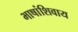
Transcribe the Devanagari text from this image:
भाषांशिवाय